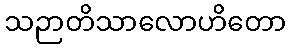
သဉာတိသာလောဟိတော